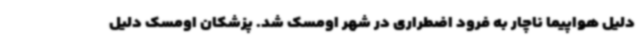
دلیل هواپیما ناچار به فرود اضطراری در شهر اومسک شد. پزشکان اومسک دلیل